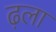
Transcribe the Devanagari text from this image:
ढ़ला